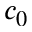
c _ { 0 }